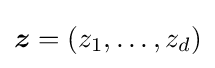
{\boldsymbol {z}}=(z_{1},\ldots ,z_{d})